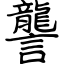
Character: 讋